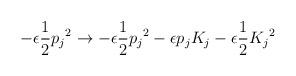
LaTeX: \begin{align*}- \epsilon \frac{1}{2} {p_j}^2 \rightarrow- \epsilon \frac{1}{2} {p_j}^2 - \epsilon p_j K_j- \epsilon \frac{1}{2} {K_j}^2\end{align*}